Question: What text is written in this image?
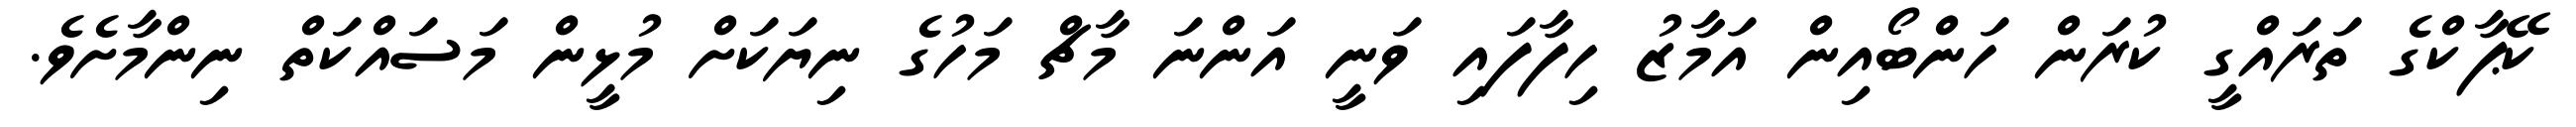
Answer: ކޭޕާކްގެ ތަރައްގީ ކުރަން ހަންބޯއިން އަމާޒު ހިފާފައި ވަނީ އަންނަ މާޗް މަހުގެ ނިޔަކަށް މުޅީން މަސައްކަތް ނިންމާށެވެ.